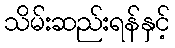
သိမ်းဆည်းရန်နှင့်